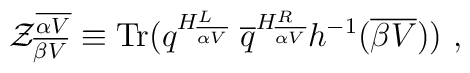
{\cal Z}^{\overline {\alpha V}}_{\overline {\beta V}} \equiv \mbox{Tr} ( q^{H^L_{\overline {\alpha V}}} ~{\overline q}^{H^R_{\overline {\alpha V}}} h^{-1} ({\overline {\beta V}})) ~,